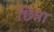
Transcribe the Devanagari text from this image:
छिन्ना